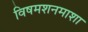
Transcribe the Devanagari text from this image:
विषमशनमाशा